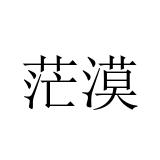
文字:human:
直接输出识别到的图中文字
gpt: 茫漠